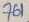
Text: 761